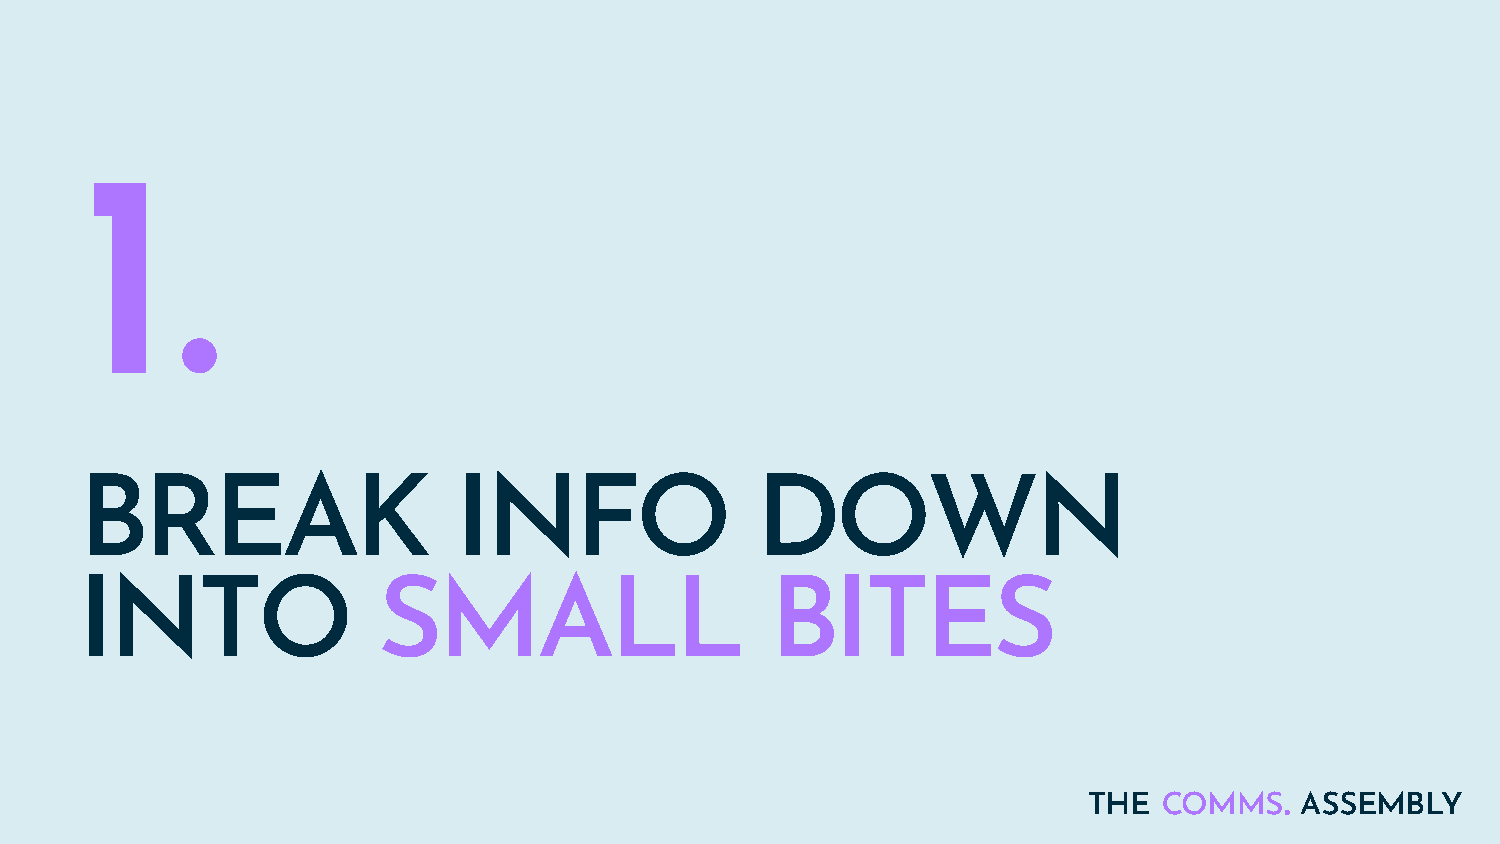
1.
 BREAK                    INFO                DOWN
 INTO                SMALL                     BITES